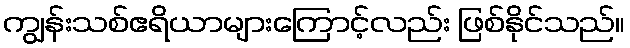
ကျွန်းသစ်ဧရိယာများကြောင့်လည်း ဖြစ်နိုင်သည်။